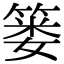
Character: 篓